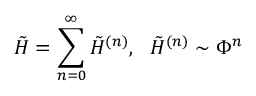
\tilde { H } = \sum _ { n = 0 } ^ { \infty } \tilde { H } ^ { ( n ) } , ~ ~ \tilde { H } ^ { ( n ) } \sim \Phi ^ { n }